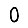
Digit: 0